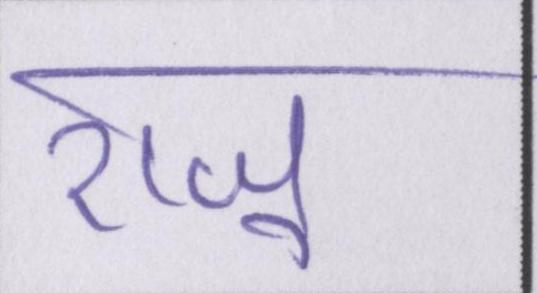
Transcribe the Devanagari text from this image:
राजू